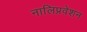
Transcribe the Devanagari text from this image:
नालिप्रवेशन